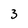
Character: 3